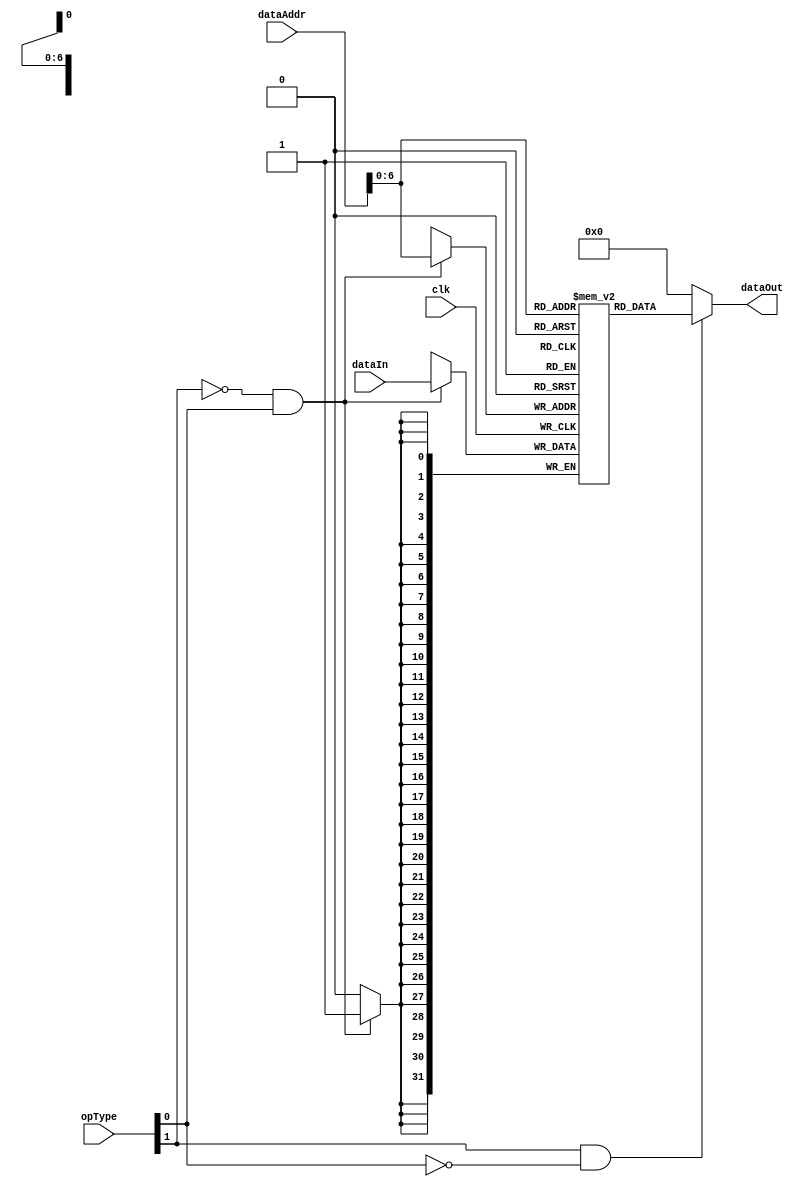
module dataCache #(parameter N = 32)(
	input clk,
	input [N-1:0] dataAddr,dataIn,
	input [1:0] opType,
	output [N-1:0] dataOut
);

/*
Input - Output Description

dataAddr -> Data Address Line
dataIn -> Input Data i.e. Write Operation
opType -> Operation Type  i.e. Read/ Write
dataOut -> Output Data i.e. Read Operation

-> Functionality:
opType[0] -> Data Write
opType[1] -> Data Read

|--------------------------------------|
| Data Read | Data Write |   Status    |
|-----------|------------|-------------|
|     0     |     0      | No operation|
|     0     |     1      |    Write    |
|     1     |     0      |    Read     |
|     1     |     1      |   Invalid   |
|--------------------------------------|


*/




wire [6:0] addrLine;

assign addrLine = dataAddr[6:0];

generate 
	begin: DATACACHE
	reg [N-1:0] mem [127:0];

	always@(posedge clk)begin
		if(~opType[1] & opType[0]) begin
				mem[addrLine] <= dataIn;
			end
	end

	reg [N-1:0] bufOut;
	always@(*)begin
		if(opType[1] & ~opType[0]) bufOut = mem[addrLine];
		else bufOut = 32'h00000000;
	end
	
	assign dataOut = bufOut;
	end
endgenerate
endmodule